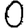
Digit: 0